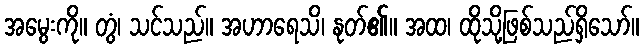
အမွေးကို။ တွံ၊ သင်သည်။ အဟာရေသိ၊ နုတ်၏။ အထ၊ ထိုသို့ဖြစ်သည်ရှိသော်။